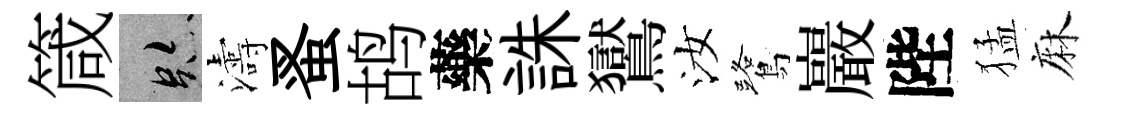
箴跡濤蚤鸪藥誅鸑汝鷺巖陛猛麻